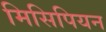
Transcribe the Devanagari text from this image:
मिसिपियन